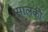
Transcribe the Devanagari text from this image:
सालकी